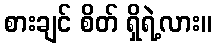
စားချင် စိတ် ရှိရဲ့လား။